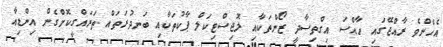
އެހެންވެ ރާއްޖޭގައި ހާއްސަ އިގްތިސާދީ ޒޯންތަކާއި ލޮޖިސްޓިކަލް ޕާކުތަކާއި ބަނދުރަތައް ތަރައްގީކޮށްގެން އިންޑިއާ